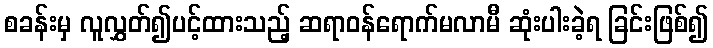
စခန်းမှ လူလွှတ်၍ပင့်ထားသည့် ဆရာဝန်ရောက်မလာမီ ဆုံးပါးခဲ့ရ ခြင်းဖြစ်၍